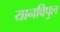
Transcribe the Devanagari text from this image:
यानविपुल